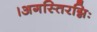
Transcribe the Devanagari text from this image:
।अगस्तिरग्निः